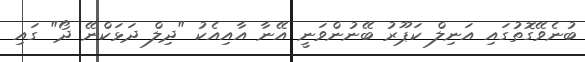
ބުނެވޭގޮތުގައި އަނިލް ކަޕޫރު ބޭނުންވަނީ އޭނާ އާއިއެކު "ދިލް ދަޅަކްނޭ ދޯ" ގައި